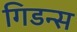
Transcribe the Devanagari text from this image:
गिडन्स